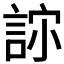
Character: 𰴳